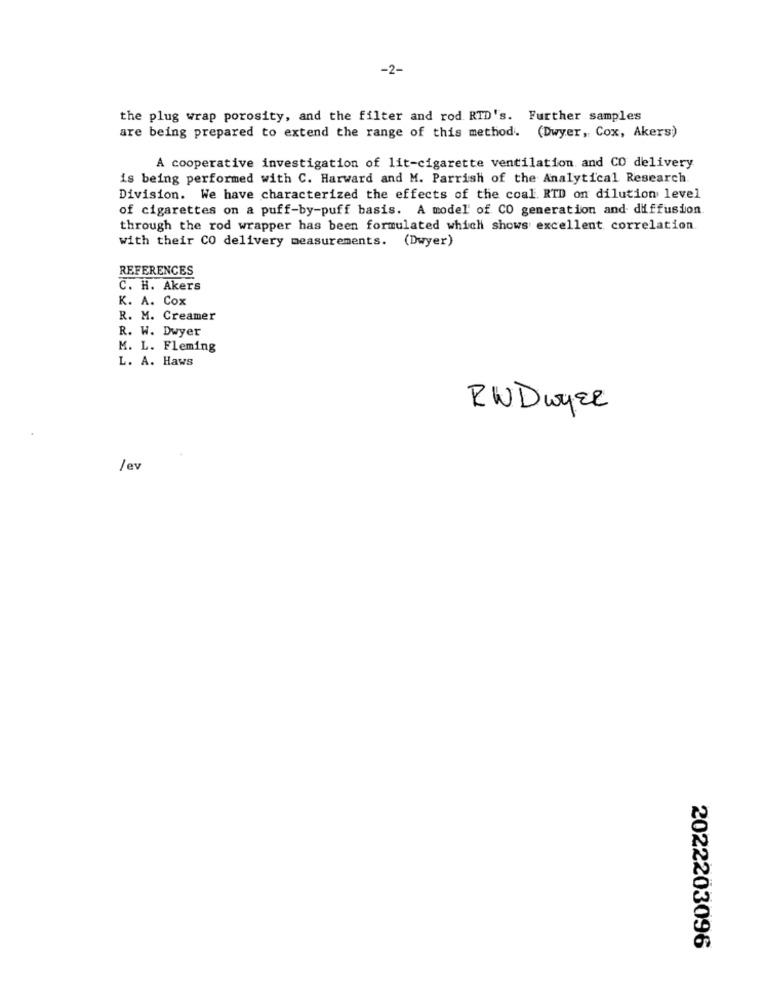
-2-
the plug wrap porosity, and the filter and rod RID's. Further samples
are being prepared to extend the range of this method. (Dwyer, Cox, Akers)
A cooperative investigation of lit-cigarette ventilation and CO delivery
is being performed with C. Harward and M. Parrish of the Analytical Research
Division. We have characterized the effects of the coal. RTD on dilution level
of cigarettes on a puff-by-puff basis. A model' of CO generation and diffusion
through the rod wrapper has been formulated which shows excellent correlation.
with their CO delivery measurements. (Dwyer)
REFERENCES
C. H. Akers
K. A. Cox
R. M. Creamer
R. W. Dwyer
M. L. Fleming
L. A. Haws
RWDwyer
/ev
2022203096